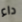
داء